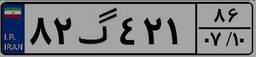
۸۲گ۴۲۱۸۶